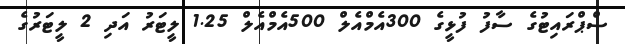
ސްޕްރައިޓުގެ ސާފު ފުޅީގެ 300އެމްއެލް 500އެމްއެލް 1.25 ލީޓަރު އަދި 2 ލީޓަރުގެ